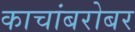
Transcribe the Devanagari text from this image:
काचांबरोबर